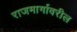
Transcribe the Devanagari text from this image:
राजमार्गावरील